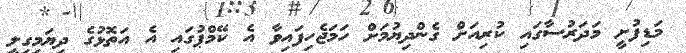
މަޑިފުށީ މަދަރުސާގައި ކުރިއަށް ގެންދިޔުމަށް ހަމަޖެހިފައިވާ އެ ކޭމްޕުގައި އެ އަތޮޅުގެ ދިޔަމިގިލީ